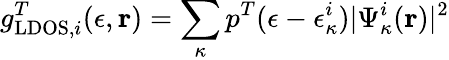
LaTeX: g_{\mathrm{LDOS},i}^{T}(\epsilon,\mathbf{r})=\sum_{\kappa}p^{T}(\epsilon-\epsilon_{\kappa}^{i})|\Psi_{\kappa}^{i}(\mathbf{r})|^{2}